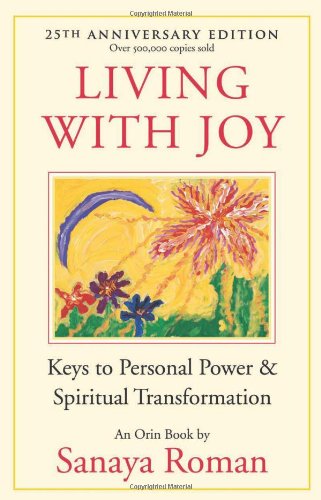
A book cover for Living with Joy: Keys to Personal Power and Spiritual Transformation (Earth Life Series); Sanaya Roman; Religion & Spirituality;